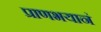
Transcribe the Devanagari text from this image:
प्राणभयानं